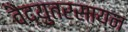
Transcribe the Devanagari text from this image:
वैद्युतरसायन